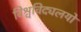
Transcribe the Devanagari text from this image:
विश्वविद्यलयो